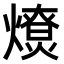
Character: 𤐗